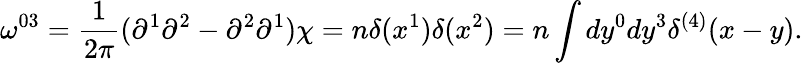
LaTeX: \omega^{03}=\frac{1}{2\pi}(\partial^{1}\partial^{2}-\partial^{2}\partial^{1})\chi=n\delta(x^{1})\delta(x^{2})=n\int dy^{0}dy^{3}\delta^{(4)}(x-y).